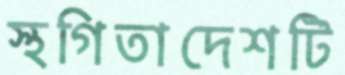
স্থগিতাদেশটি